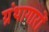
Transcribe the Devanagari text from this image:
ग्रंथागारों